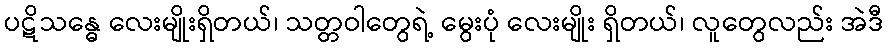
ပဋိသန္ဓေ လေးမျိုးရှိတယ်၊ သတ္တဝါတွေရဲ့ မွေးပုံ လေးမျိုး ရှိတယ်၊ လူတွေလည်း အဲဒီ